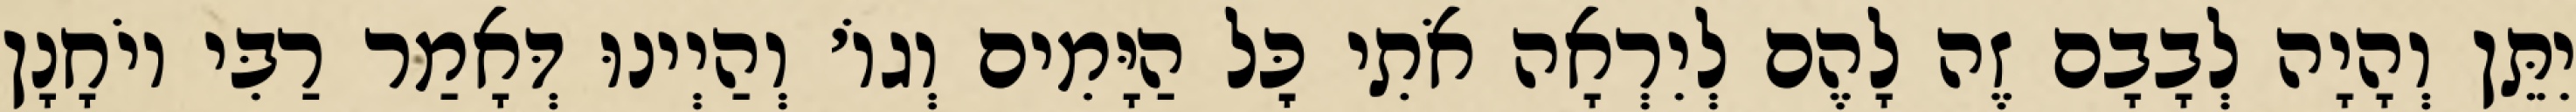
יִתֵּן וְהָיָה לְבָבָם זֶה לָהֶם לְיִרְאָה אֹתִי כׇּל הַיָּמִים וְגוֹ׳ וְהַיְינוּ דְּאָמַר רַבִּי יוֹחָנָן